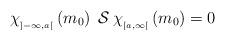
LaTeX: \begin{align*}\chi_{_{]-\infty,a[}}\left(m_{0}\right)\;\mathcal{S}\:\chi_{_{[a,\infty[}}\left(m_{0}\right)=0\end{align*}